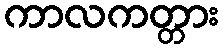
ကာလကတ္တား